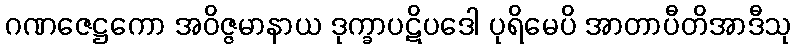
ဂဏဇေဋ္ဌကော အဝိဇ္ဇမာနာယ ဒုက္ခာပဋိပဒေါ ပုရိမေပိ အာတာပီတိအာဒီသု